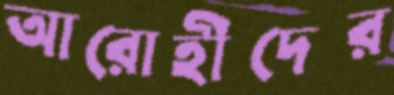
আরোহীদের